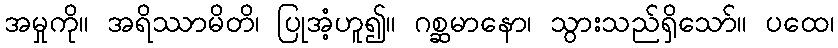
အမှုကို။ အရိဿာမိတိ၊ ပြုအံ့ဟူ၍။ ဂစ္ဆမာနော၊ သွားသည်ရှိသော်။ ပထေ၊